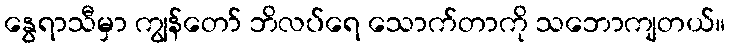
နွေရာသီမှာ ကျွန်တော် ဘိလပ်ရေ သောက်တာကို သဘောကျတယ်။